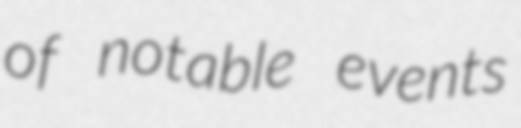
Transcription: of notable events